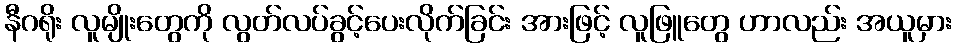
နီဂရိုး လူမျိုးတွေကို လွတ်လပ်ခွင့်ပေးလိုက်ခြင်း အားဖြင့် လူဖြူတွေ ဟာလည်း အယူမှား